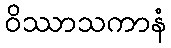
ဝိဿာသကာနံ